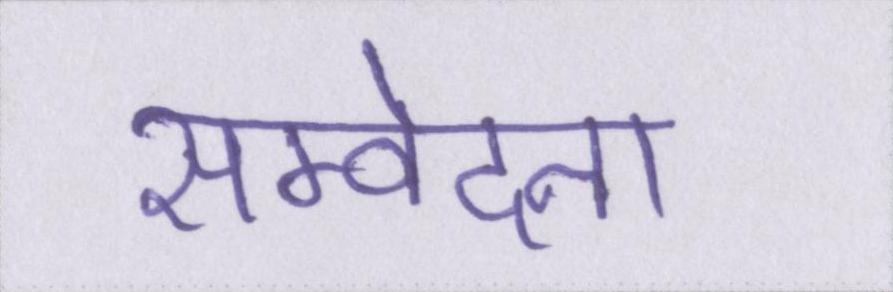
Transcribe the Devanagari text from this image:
सम्वेदना